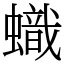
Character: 蟙